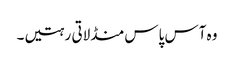
وہ آس پاس منڈلاتی رہتیں۔